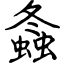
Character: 螽